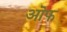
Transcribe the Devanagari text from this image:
ऒफ